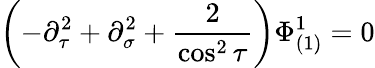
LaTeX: \left(-\partial_{\tau}^{2}+\partial_{\sigma}^{2}+\frac{2}{\cos^{2}\tau}\right)\Phi_{(1)}^{1}=0